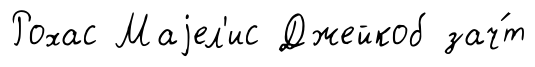
Рохас Маjел'ис Джейкоб зач́т